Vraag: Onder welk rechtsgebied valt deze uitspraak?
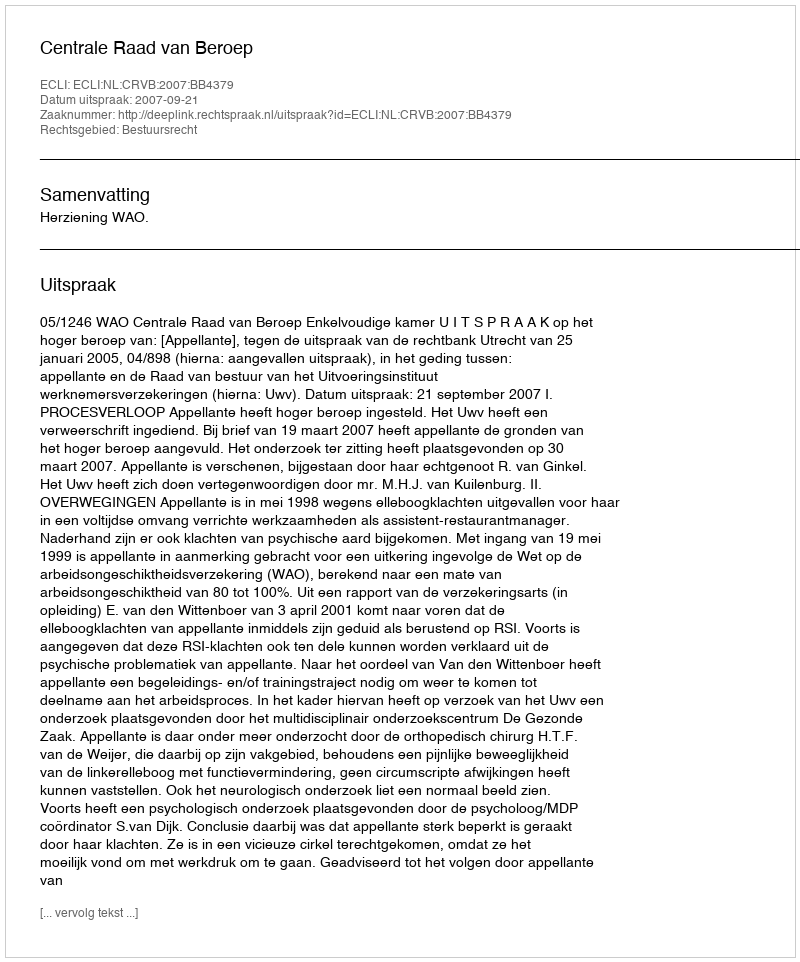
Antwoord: Bestuursrecht